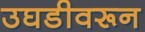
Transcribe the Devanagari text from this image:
उघडीवरून